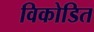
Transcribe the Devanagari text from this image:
विकोडित